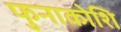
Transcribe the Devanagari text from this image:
फुनाकोशि